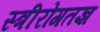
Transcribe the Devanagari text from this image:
स्त्रीरोगतज्ञ